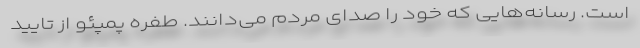
است. رسانه‌هایی که خود را صدای مردم می‌دانند. طفره پمپئو از تایید